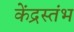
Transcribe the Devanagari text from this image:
केंद्रस्तंभ